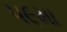
૫૯મા